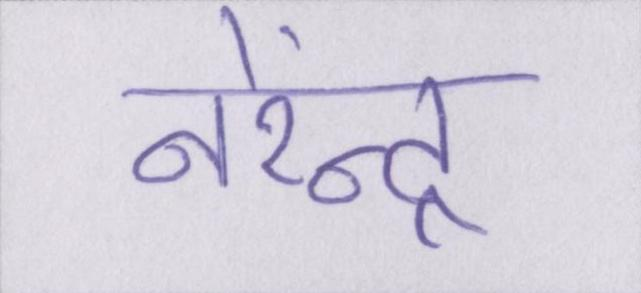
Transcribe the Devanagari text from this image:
नरेंन्द्र